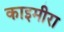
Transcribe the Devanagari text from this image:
काइमीरा